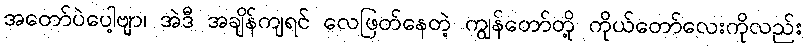
အတော်ပဲပေါ့ဗျာ၊ အဲဒီ အချိန်ကျရင် လေဖြတ်နေတဲ့ ကျွန်တော်တို့ ကိုယ်တော်လေးကိုလည်း